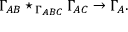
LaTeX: \Gamma _ { A B } \star _ { \, \Gamma _ { A B C } } \Gamma _ { A C } \rightarrow \Gamma _ { A } .